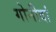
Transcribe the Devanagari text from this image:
गोनीदां